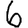
Digit: 6